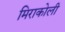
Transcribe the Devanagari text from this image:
मिराकोली